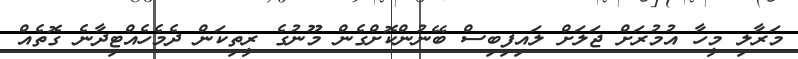
މަރާލި މީހާ އުމުރަށް ޖަލަށް ލައިފިބިސް ބޭނުންކޮށްގެން މޫނުގެ ރީތިކަން ދެމެހެއްޓިދާނެ ގޮތެއް